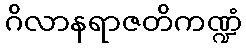
ဂိလာနရာဇတိကဏ္ဍံ